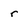
Character: r